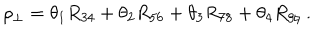
\rho _ { \perp } = \theta _ { 1 } R _ { 3 4 } + \theta _ { 2 } R _ { 5 6 } + \theta _ { 3 } R _ { 7 8 } + \theta _ { 4 } R _ { 9 \natural } ~ .